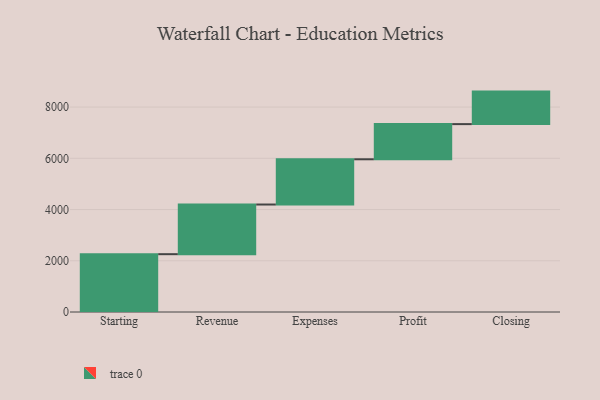
{"axis": {"x": "Step", "y": "Value"}, "legend": [""], "data": [{"x": "Starting", "y": 2257.0, "type": ""}, {"x": "Revenue", "y": 1939.0, "type": ""}, {"x": "Expenses", "y": 1766.0, "type": ""}, {"x": "Profit", "y": 1373.0, "type": ""}, {"x": "Closing", "y": 1269.0, "type": ""}]}